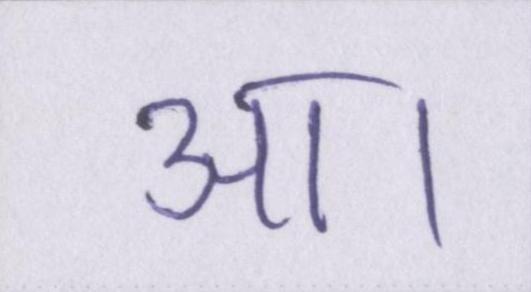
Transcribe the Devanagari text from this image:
आ।